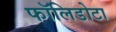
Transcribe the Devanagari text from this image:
फॉलिडोटा